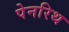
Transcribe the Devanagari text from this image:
पेनरिथ